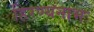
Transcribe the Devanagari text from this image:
हिरण्यनाभः